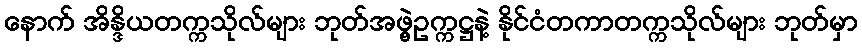
နောက် အိန္ဒိယတက္ကသိုလ်များ ဘုတ်အဖွဲ့ဥက္ကဋ္ဌနဲ့ နိုင်ငံတကာတက္ကသိုလ်များ ဘုတ်မှာ